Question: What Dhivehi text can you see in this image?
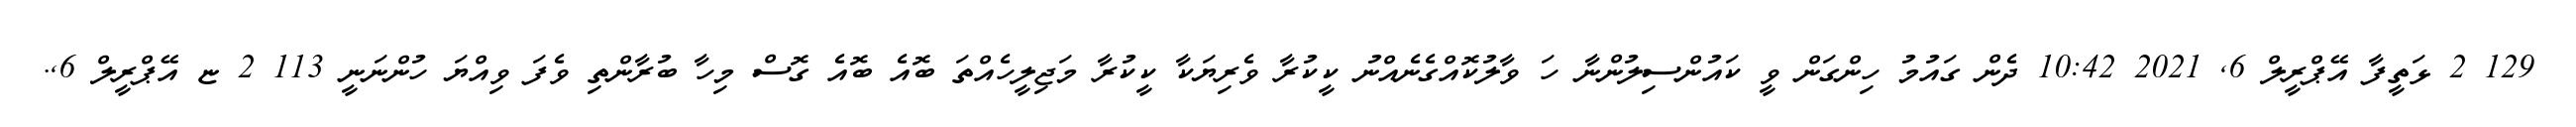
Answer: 129 2 ޅަތީފާ އޭޕްރީލް 6, 2021 10:42 ދެން ގައުމު ހިންގަން ވީ ކައުންސިލުންނާ ހަ ވާލުކޮއްގެނެއްނު ކީކުރާ ވެރިޔަކާ ކީކުރާ މަޖިލީހެއްތަ ބޮއެ ބޮއެ ގޮސް މިހާ ބުރާންތި ވެފަ ވިއްޔަ ހުންނަނީ 113 2 ޏ އޭޕްރީލް 6,.